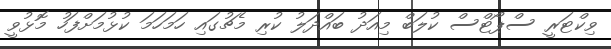
ވިކްޓަރީ ސްޕޯޓްސް ކުލަބް މިއަދު ބައްދަލު ކުރި މެޗުގައި ހަމަހަމަ ކުޅުމަށްފަހު މޮޅުވީ